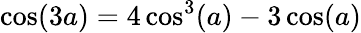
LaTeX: \cos(3a)=4\cos^{3}(a)-3\cos(a)